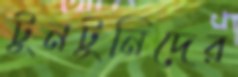
টুনটুনিদের